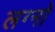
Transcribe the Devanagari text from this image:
लग्नो